Lunatic asylums United Provinces 1909-1921 - 1909-1921
Year: 1909
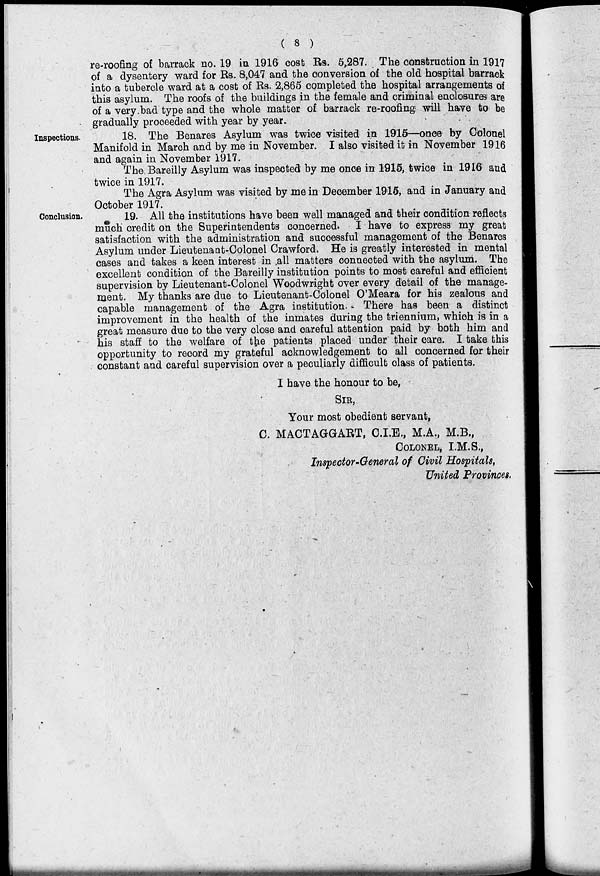
( 8 )
re-roofing of barrack no. 19 in 1916 cost Rs. 5,287. The construction in 1917
of a dysentery ward for Rs. 8,047 and the conversion of the old hospital barrack
into a tubercle ward at a cost of Rs. 2,865 completed the hospital arrangements of
this asylum. The roofs of the buildings in the female and criminal enclosures are
of a very bad type and the whole matter of barrack re-roofing will have to be
gradually proceeded with year by year.
Inspections.
18. The Benares Asylum was twice visited in 1915—once by Colonel
Manifold in March and by me in November. I also visited it in November 1916
and again in November 1917.
The Bareilly Asylum was inspected by me once in 1915, twice in 1916 and
twice in 1917.
The Agra Asylum was visited by me in December 1915, and in January and
October 1917.
Conclusion.
19. All the institutions have been well managed and their condition reflects
much credit on the Superintendents concerned. I have to express my great
satisfaction with the administration and successful management of the Benares
Asylum under Lieutenant-Colonel Crawford. He is greatly interested in mental
cases and takes a keen interest in all matters connected with the asylum. The
excellent condition of the Bareilly institution points to most careful and efficient
supervision by Lieutenant-Colonel Woodwright over every detail of the manage-
ment. My thanks are due to Lieutenant-Colonel O'Meara for his zealous and
capable management of the Agra institution. There has been a distinct
improvement in the health of the inmates during the triennium, which is in a
great measure due to the very close and careful attention paid by both him and
his staff to the welfare of the patients placed under their care. I take this
opportunity to record my grateful acknowledgement to all concerned for their
constant and careful supervision over a peculiarly difficult class of patients.
I have the honour to be,
SIR,
Your most obedient servant,
C. MACTAGGART, C.I.E., M.A., M.B.,
COLONEL, I.M.S.,
Inspector-General of Civil Hospitals,
United Provinces.